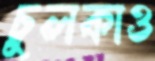
চুলকাও